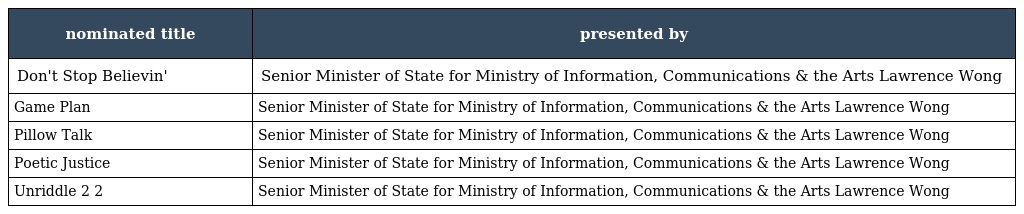
| nominated title | presented by |
 | --- | --- |
 | Don't Stop Believin' 我们等你 | Senior Minister of State for Ministry of Information, Communications & the Arts Lawrence Wong 黄循财 |
 | Game Plan 千方百计 | Senior Minister of State for Ministry of Information, Communications & the Arts Lawrence Wong 黄循财 |
 | Pillow Talk 再见单人床 | Senior Minister of State for Ministry of Information, Communications & the Arts Lawrence Wong 黄循财 |
 | Poetic Justice 微笑正义 | Senior Minister of State for Ministry of Information, Communications & the Arts Lawrence Wong 黄循财 |
 | Unriddle 2 最火搭档2 | Senior Minister of State for Ministry of Information, Communications & the Arts Lawrence Wong 黄循财 |